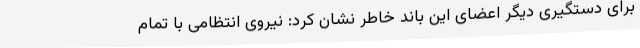
برای دستگیری دیگر اعضای این باند خاطر نشان کرد: نیروی انتظامی با تمام